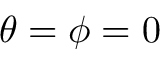
\theta = \phi = 0